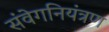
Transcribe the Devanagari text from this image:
संवेगनियंत्रण